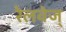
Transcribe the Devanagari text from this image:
रेलवेज्